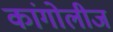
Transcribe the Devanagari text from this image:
कांगोलीज